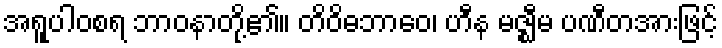
အရူပါဝစရ ဘာဝနာတို့၏။ တိဝိဓဘာဝေ၊ ဟီန မဇ္ဈီမ ပဏီတအားဖြင့်